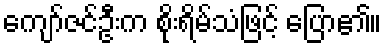
ကျော်ဇင်ဦးက စိုးရိမ်သံဖြင့် ပြော၏။